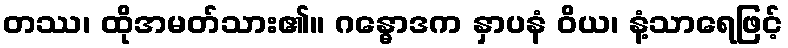
တဿ၊ ထိုအမတ်သား၏။ ဂန္ဓောဒက နှာပနံ ဝိယ၊ နံ့သာရေဖြင့်